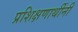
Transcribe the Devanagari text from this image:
प्रशिक्षणार्थीनी